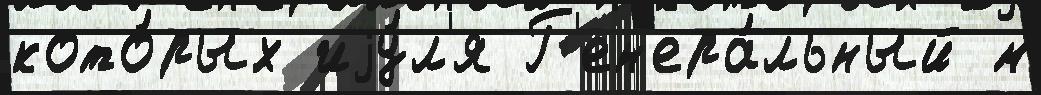
кото́рых иjу́л'я Г'ен'ера́льный м